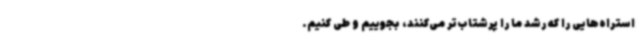
استراه‌هایی را که رشد ما را پرشتاب‌تر می‌کنند، بجوییم و طی کنیم.